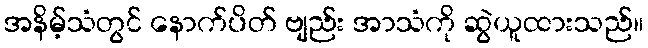
အနိမ့်သံတွင် နောက်ပိတ် ဗျည်း အာသံကို ဆွဲယူထားသည်။